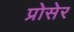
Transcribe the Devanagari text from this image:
प्रोसेर